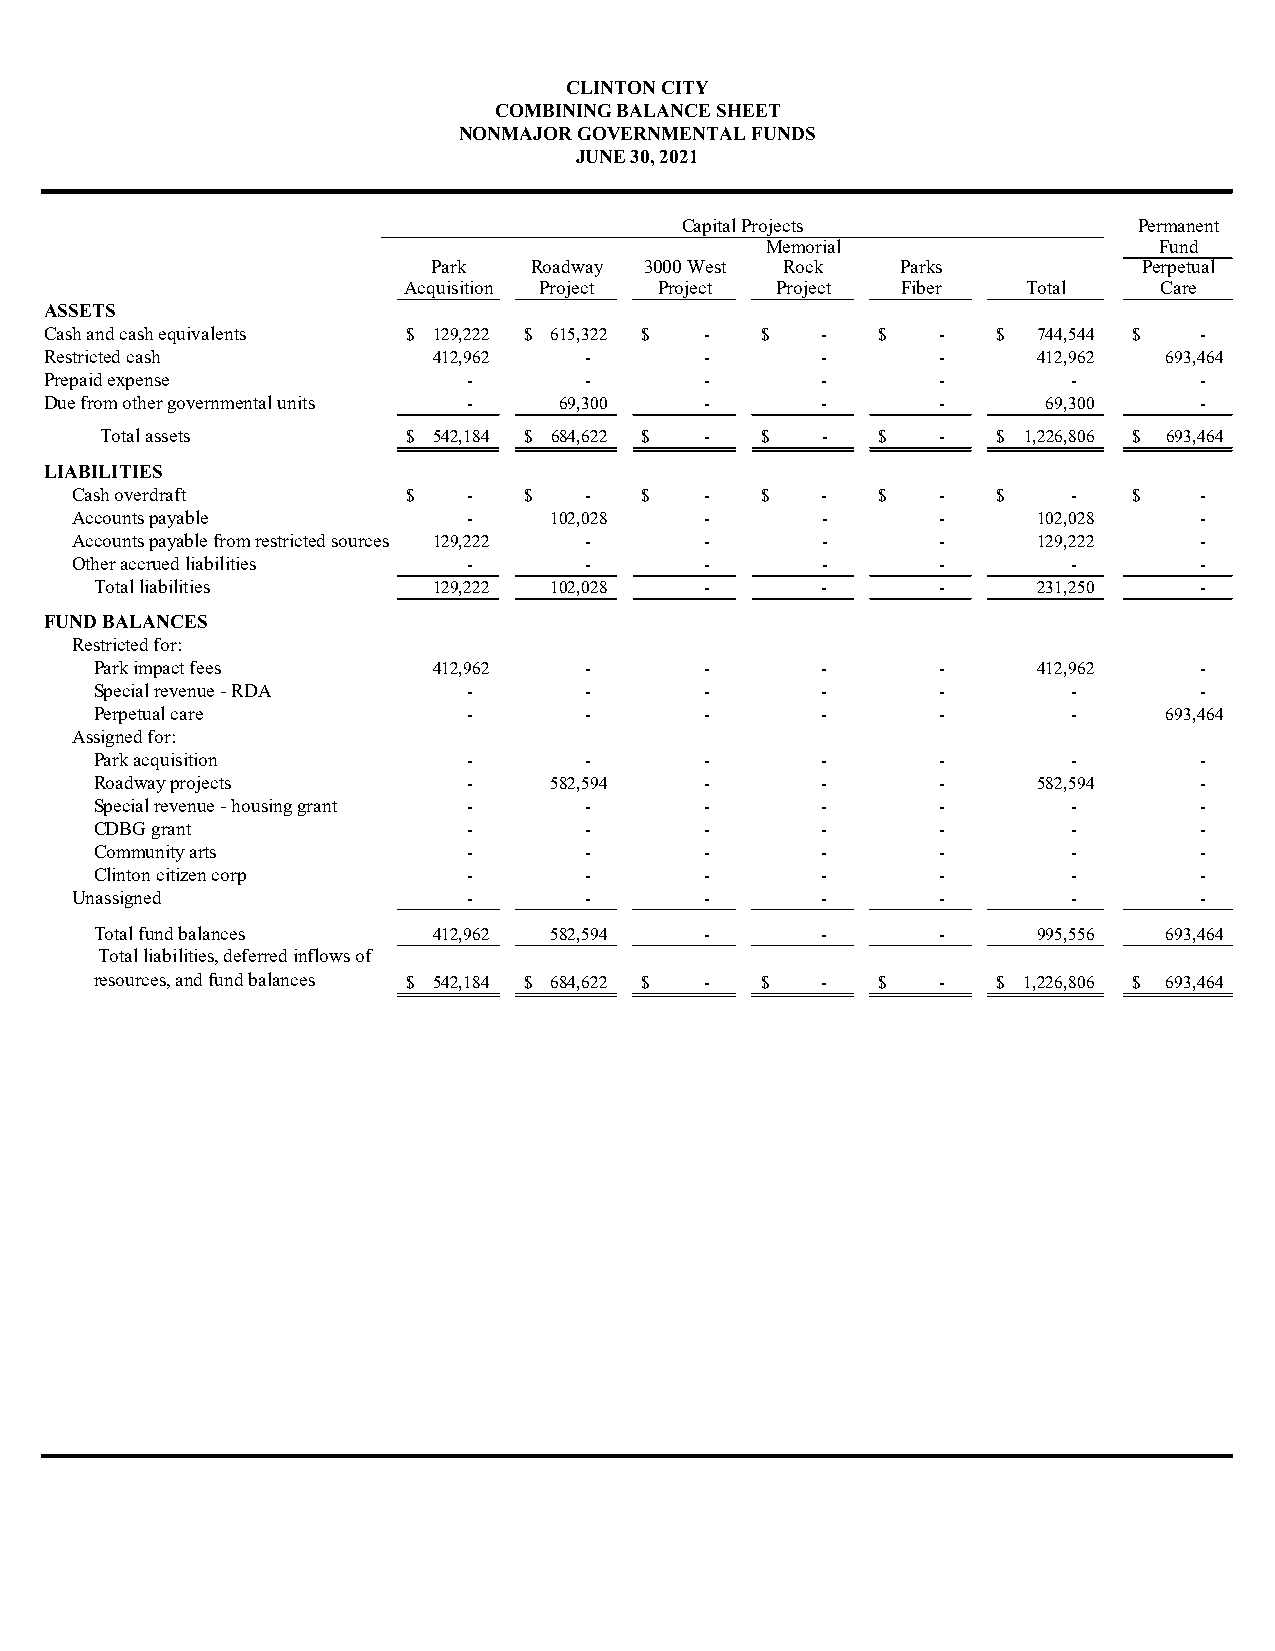
CLINTON CITY
 COMBINING BALANCE SHEET
 NONMAJOR GOVERNMENTAL FUNDS
 JUNE 30, 2021
 Capital Projects              Permanent
 Memorial                  Fund
 Park  Roadway 3000 West Rock   Parks           Perpetual
 Acquisition Project Project Project Fiber Total   Care
 ASSETS
 Cash and cash equivalents $ 129,222 $ 615,322 $ - $ -  $   -   $  744,544 $ -
 Restricted cash           412,962   -       -      -       -      412,962 693,464
 Prepaid expense             -       -       -      -       -        -       -
 Due from other governmental units - 6 9,300 -      -       -      69,300    -
 Total assets        $ 542,184 $ 684,622 $ - $  -   $   -   $ 1,226,806 $ 693,464
 LIABILITIES
 Cash overdraft        $   -   $   -  $    -  $   -   $   -   $    -   $   -
 Accounts payable          -    102,028    -      -       -      102,028   -
 Accounts payable from restricted sources 129,222 - - -   -      129,222   -
 Other accrued liabilities -       -       -      -       -        -       -
 Total liabilities      129,222 102,028   -      -       -      231,250   -
 FUND BALANCES
 Restricted for:
 Park impact fees       412,962   -       -      -       -      412,962   -
 Special revenue - RDA    -       -       -      -       -        -       -
 Perpetual care           -       -       -      -       -        -     693,464
 Assigned for:
 Park acquisition         -       -       -      -       -        -       -
 Roadway projects         -    582,594    -      -       -      582,594   -
 Special revenue - housing grant - -      -      -       -        -       -
 CDBG grant               -       -       -      -       -        -       -
 Community arts           -       -       -      -       -        -       -
 Clinton citizen corp     -       -       -      -       -        -       -
 Unassigned                -       -       -      -       -        -       -
 Total fund balances    412,962 582,594   -      -       -      995,556 693,464
 Total liabilities, deferred inflows of
 resources, and fund balances $ 542,184 $ 684,622 $ - $ - $ - $ 1,226,806 $ 693,464